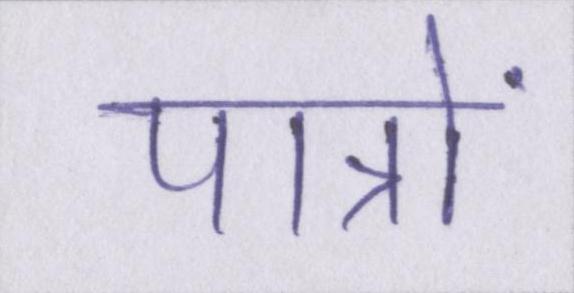
पात्रों